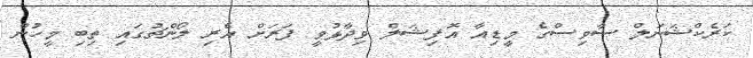
ކަރެކްޝަނަލް ސާވިސްގެ މީޑިއާ އޮފިޝަލް ވިދާޅުވީ ފަރަށް އެރި ލޯންޗުގައި ތިބި މީހުން